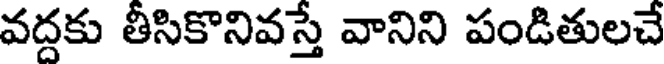
వద్దకు తీసికొనివస్తే వానిని పండితులచే